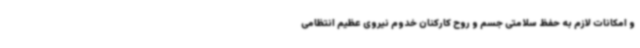
و امکانات لازم به حفظ سلامتی جسم و روح کارکنان خدوم نیروی عظیم انتظامی